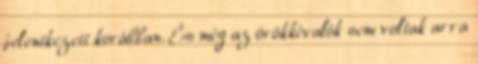
jelentkezett korábban. És még az örökkévalók sem voltak arra